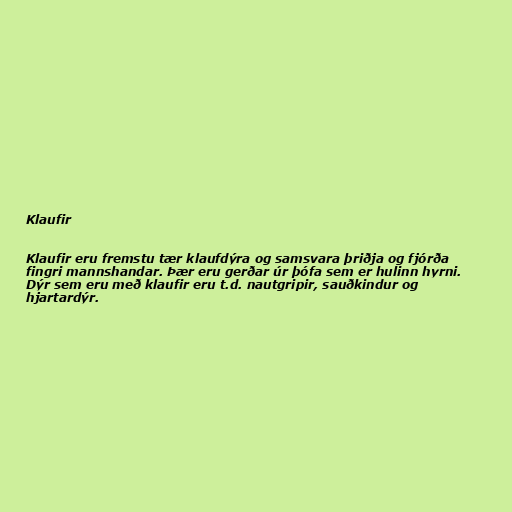
Klaufir

Klaufir eru fremstu tær klaufdýra og samsvara þriðja og fjórða
fingri mannshandar. Þær eru gerðar úr þófa sem er hulinn hyrni.
Dýr sem eru með klaufir eru t.d. nautgripir, sauðkindur og
hjartardýr.